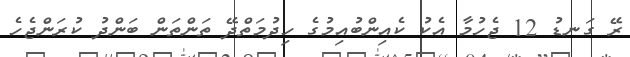
ރޭ ގަނޑު 12 ޖެހުމާ އެކު ކެއިންބުއިމުގެ ހިދުމަތްދޭ ތަންތަން ބަންދު ކުރަންޖެހެ